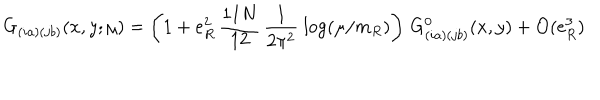
G _ { ( i a ) ( j b ) } ( x , y ; \mu ) = \left( 1 + e _ { R } ^ { 2 } \, { \frac { 1 1 N } { 1 2 } } \, { \frac { 1 } { 2 \pi ^ { 2 } } } \ { \log } ( \mu / m _ { R } ) \right) \, G _ { ( i a ) ( j b ) } ^ { 0 } ( x , y ) + { \cal O } ( e _ { R } ^ { 3 } )